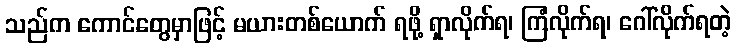
သည်က ကောင်တွေမှာဖြင့် မယားတစ်ယောက် ရဖို့ ရှာလိုက်ရ၊ ကြံလိုက်ရ၊ ဂေါ်လိုက်ရတဲ့